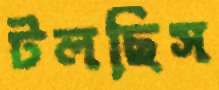
টলছিস